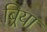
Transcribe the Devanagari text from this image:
बिर्‍या